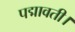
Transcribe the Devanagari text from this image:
पद्मावती।